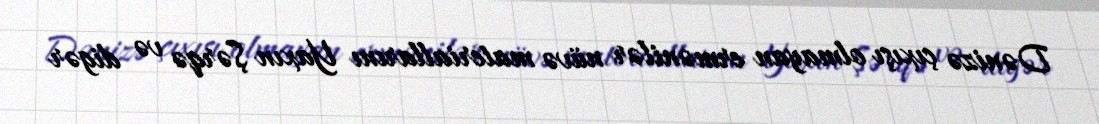
Dənizə çıxışı olmayan ermənilər nüvə materiallarını Yaxın Şərqə və digər